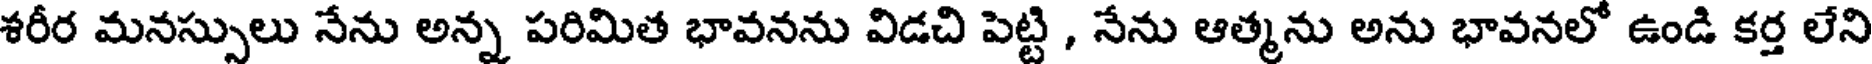
శరీర మనస్సులు నేను అన్న పరిమిత భావనను విడచి పెట్టి , నేను ఆత్మను అను భావనలో ఉండి కర్త లేని